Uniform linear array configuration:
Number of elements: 8
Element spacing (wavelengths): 1
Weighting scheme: uniform
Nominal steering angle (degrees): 60
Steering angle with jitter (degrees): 58.891
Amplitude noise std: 0.05
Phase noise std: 0.05

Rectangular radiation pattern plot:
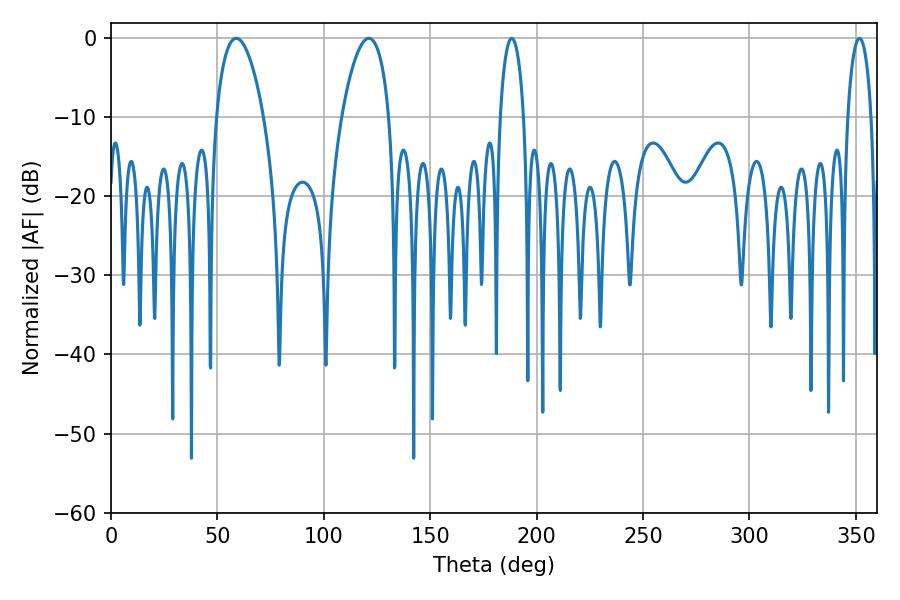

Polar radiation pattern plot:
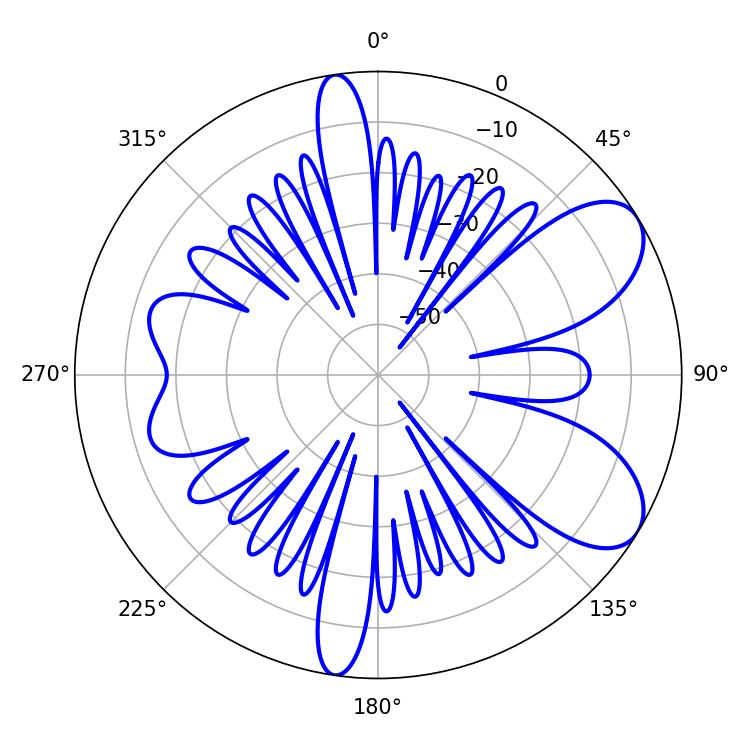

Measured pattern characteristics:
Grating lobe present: TRUE
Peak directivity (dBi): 7.731
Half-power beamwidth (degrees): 12.6
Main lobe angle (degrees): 58.86